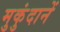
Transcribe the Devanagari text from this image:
मुकुंदानें